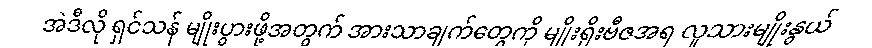
အဲဒီလို ရှင်သန် မျိုးပွားဖို့အတွက် အားသာချက်တွေကို မျိုးရိုးဗီဇအရ လူသားမျိုးနွယ်